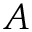
A